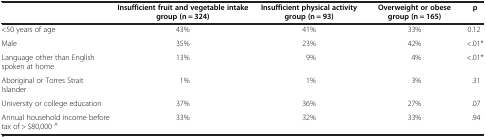
|  | Insufficient fruit and vegetable intake group (n = 324) | Insufficient physical activity group (n = 93) | Overweight or obese group (n = 165) | p |
 | --- | --- | --- | --- | --- |
 | <50 years of age | 43% | 41% | 33% | 0.12 |
 | Male | 35% | 23% | 42% | <.01* |
 | Language other than English spoken at home | 13% | 9% | 4% | <.01* |
 | Aboriginal or Torres Strait Islander | 1% | 1% | 3% | .31 |
 | University or college education | 37% | 36% | 27% | .07 |
 | Annual household income before tax of > $80,000 A | 33% | 32% | 33% | .94 |